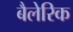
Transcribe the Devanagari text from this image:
बैलेरिक